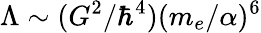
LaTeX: \Lambda\sim(G^{2}/\hbar^{4})(m_{e}/\alpha)^{6}